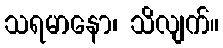
သရမာနော၊ သိလျက်။